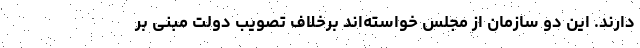
دارند. این دو سازمان از مجلس خواسته‌اند برخلاف تصویب دولت مبنی بر